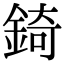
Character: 錡